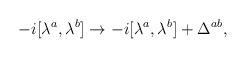
LaTeX: \begin{align*}-i[\lambda ^{a},\lambda ^{b}]\rightarrow -i[\lambda ^{a},\lambda^{b}]+\Delta ^{ab}, \end{align*}